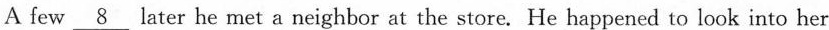
A few \underline8 later he met a neighbor at the store.He happened to look into her